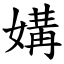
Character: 媾